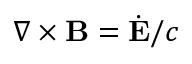
\nabla \times { \bf B } = \dot { \bf E } / c